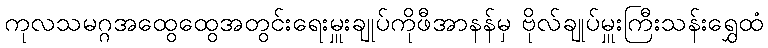
ကုလသမဂ္ဂအထွေထွေအတွင်းရေးမှူးချုပ်ကိုဖီအာနန်မှ ဗိုလ်ချုပ်မှူးကြီးသန်းရွှေထံ